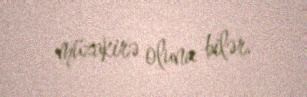
müzakirə oluna bilər.